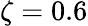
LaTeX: \zeta=0.6